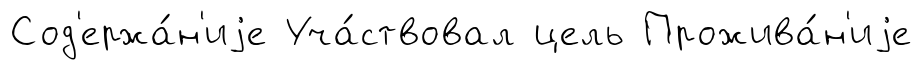
Сод'ержа́н'иjе Уча́ствовал цель Прожива́н'иjе